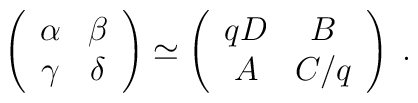
\left(\begin{array}{cc}\alpha & \beta \\\gamma & \delta \\\end{array}\right)\simeq\left(\begin{array}{cc}qD & B \\A & C/q \\\end{array}\right)\;.